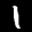
Label: 1